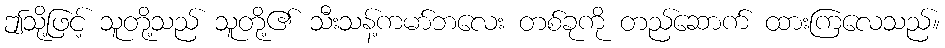
ဤသို့ဖြင့် သူတို့သည် သူတို့၏ သီးသန့်ကမာ်ဘလေး တစ်ခုကို တည်ဆောက် ထားကြလေသည်။